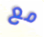
مع